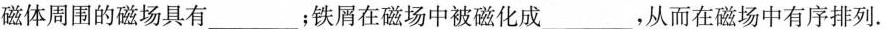
磁体周围的磁场具有___；铁屑在磁场中被磁化成___，从而在磁场中有序排列